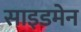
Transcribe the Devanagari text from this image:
साइडमेन